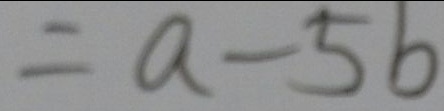
= a - 5 6